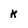
Character: k